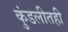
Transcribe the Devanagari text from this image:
कुंडलीतही